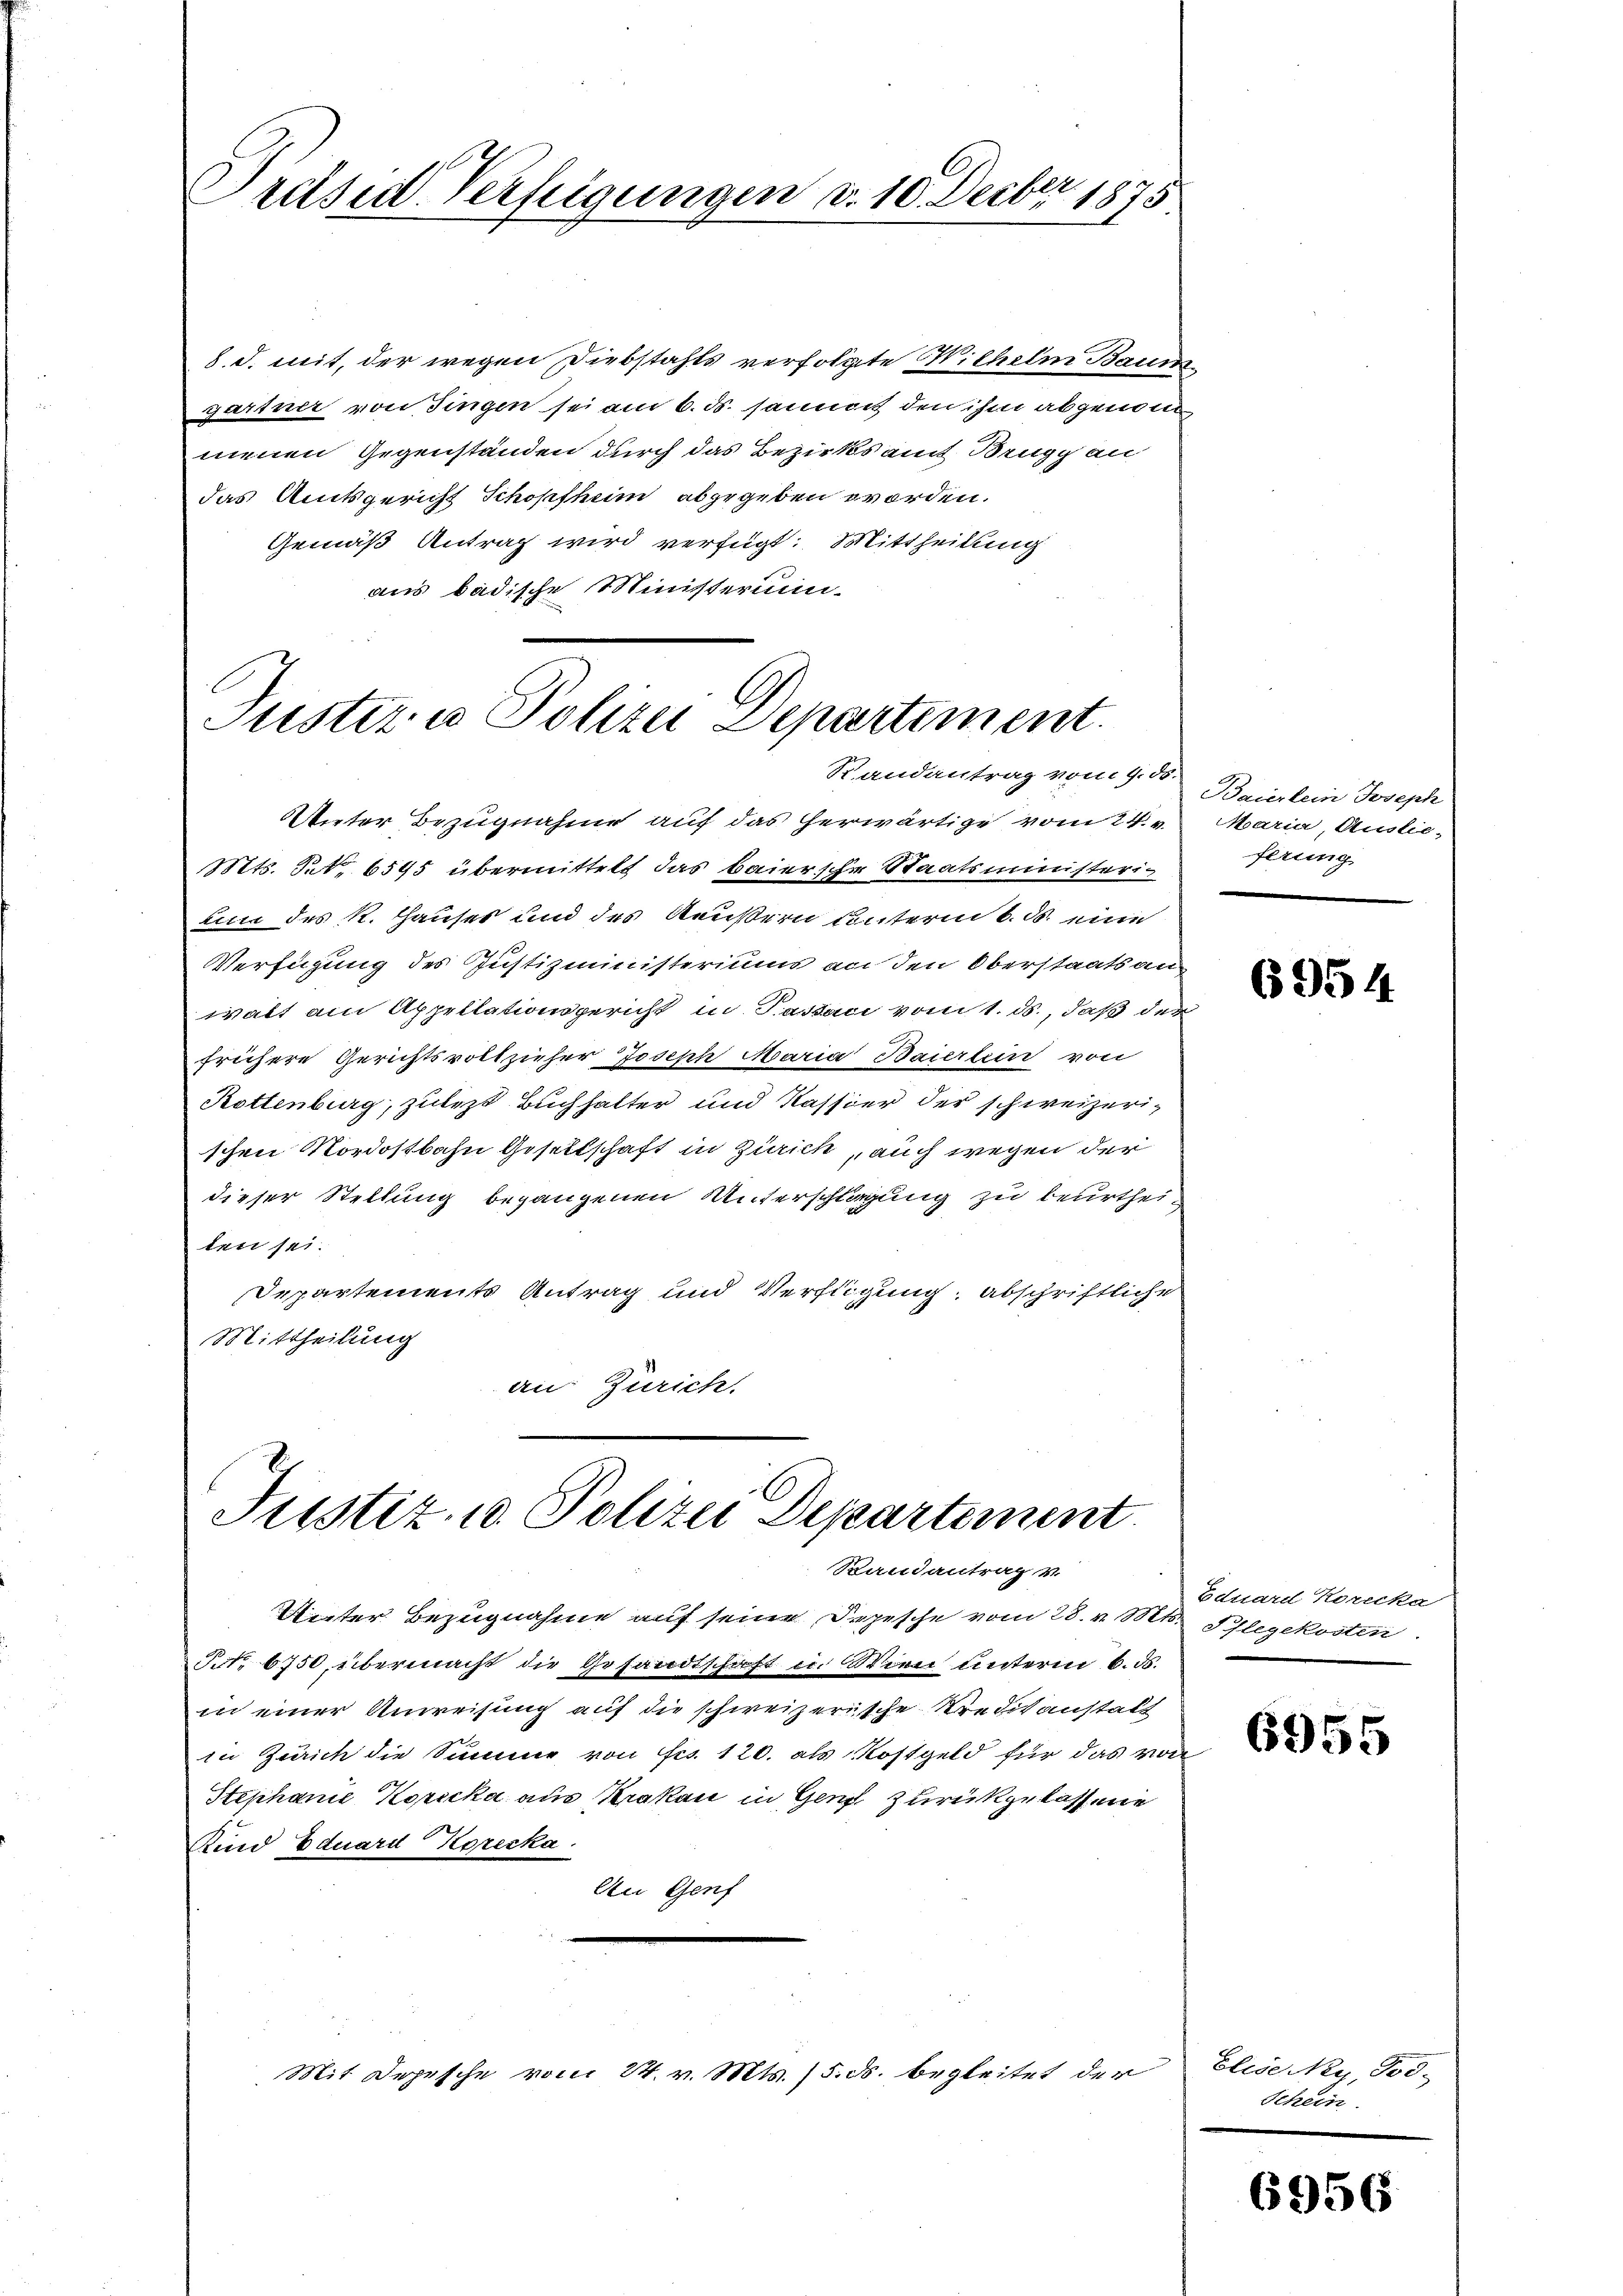
Präsid. Verfügungen d. 10. Decber 1875

8. d. mit, der wegen Diebstahls verfolgte Wilhelm Baum
gartner von Fingen sei am 6. ds. sanimit den ihm abgenommenen Gegenständen durch das Bezirks auf Brugg an
das Amtsgericht Schopfheim abgegeben worden.
Gemäß Antrag wird verfügt: Mittheilung
aus badische Ministerum.

Unter Bezugnahme auf das herwärtige vom 24. v. Maria, Auslie¬
Mts. Pet. 6595 übermittelt das baierscher Staatsministeriuin des R. Hauses und des Aeußern unterm 6. ds. eine
Verfügung des Justizministeriums an den Oberstaatsanwalt am Appellationsgericht in Passau vom 1. ds., daß den
frühere Gerichtsvollzieher Joseph Maria Baiertein von
Rottenburg, zulezt Buchhalter und Kassier der schweizerischen Nordostbahn Gesellschaft in Zürich, auch wegen der
dieser Stellung begangenen Unterschlagung zu beurtheiten sei.
Departements Antrag und Verfügung: abschriftliche
Mittheilung
an: Zürich.

Justiz & Polizei Departement.
Randantrag vom 9. ds.

Justiz- u. Polizei Departement
Randantrag v.

Unter Bezugnahme auf seine Depesche vom 28. v. Mts. Pflegekosten
NNo. 6750, übermacht die Gesandtschaft in Wien unterm 6. ds.
in einer Anweisung auf die schweizerische Kreditanstalt
in Zürich die Summe von Frs. 120. als Kostgeld für das von
Stephanić Korecka aus Krakau in Genf zurückgelass nie
Kind Eduard Korecka
An Genf

Mit Depesche vom 24. v. Mts. (5. ds. begleitet der

Baierlein Joseph
ferung

6954

Eduard Korecka

6955

Elise Ney, Jos.
Schein

6956